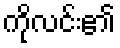
ကိုလင်း၏